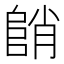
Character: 𱀓